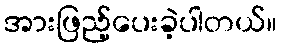
အားဖြည့်ပေးခဲ့ပါတယ်။